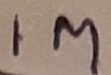
Text: 1M